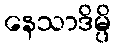
နေသာဒိမ္ပိ